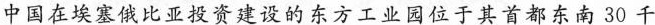
中国在埃塞俄比亚投资建设的东方工业园位于其首都东南30千